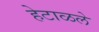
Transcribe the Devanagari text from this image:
हेटाळले